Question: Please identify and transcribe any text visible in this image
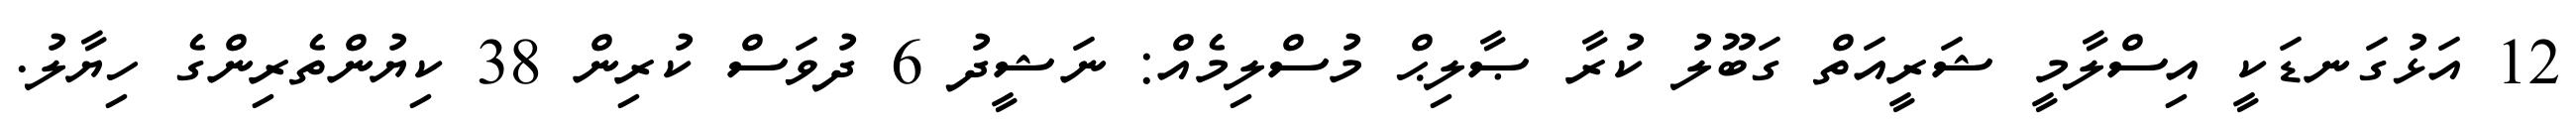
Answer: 12 އަޅުގަނޑަކީ އިސްލާމީ ޝަރީއަތް ގަބޫލު ކުރާ ޞާލިޙް މުސްލިމެއް: ނަޝީދު 6 ދުވަސް ކުރިން 38 ކިޔުންތެރިންގެ ހިޔާލު.